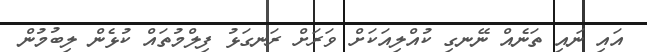
އައި ނައި ތަނެއް ނޭނގި ކުއްލިއަކަށް ވަރަށް ރަނގަޅު ފިލްމުތައް ކުޅެން ލިބުމުން